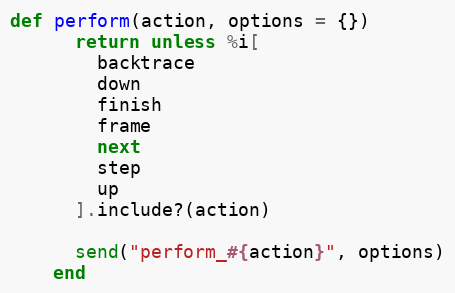
Language: Ruby
def perform(action, options = {})
      return unless %i[
        backtrace
        down
        finish
        frame
        next
        step
        up
      ].include?(action)

      send("perform_#{action}", options)
    end